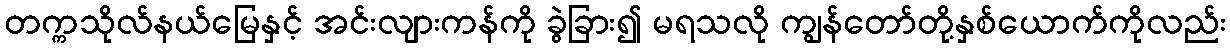
တက္ကသိုလ်နယ်မြေနှင့် အင်းလျားကန်ကို ခွဲခြား၍ မရသလို ကျွန်တော်တို့နှစ်ယောက်ကိုလည်း